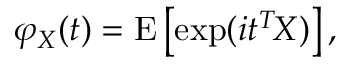
\varphi _ { X } ( t ) = \operatorname { E } \left[ \exp ( i t ^ { T } \! X ) \right] ,